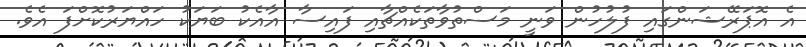
އެ އޮޕަރޭޝަންގައި ފުލުހުން ވަނީ މަސްތުވާތަކެއްޗާއި ފައިސާ އާއެކު ބަޔަކު ހައްޔަރުކޮށްފަ އެވެ.